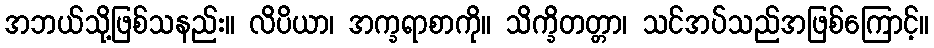
အဘယ်သို့ဖြစ်သနည်း။ လိပိယာ၊ အက္ခရာစာကို။ သိက္ခိတတ္တာ၊ သင်အပ်သည်အဖြစ်ကြောင့်။